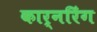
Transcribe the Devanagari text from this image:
कार्नरिंग